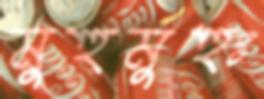
মুহুর্মুহুঃ